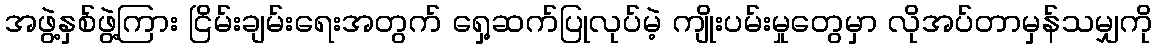
အဖွဲ့နှစ်ဖွဲ့ကြား ငြိမ်းချမ်းရေးအတွက် ရှေ့ဆက်ပြုလုပ်မဲ့ ကျိုးပမ်းမှုတွေမှာ လိုအပ်တာမှန်သမျှကို